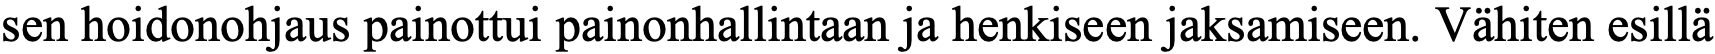
sen hoidonohjaus painottui painonhallintaan ja henkiseen jaksamiseen. Vähiten esillä